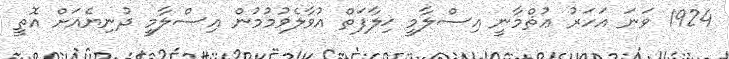
1924 ވަނަ އަހަރު ޢުޘްމާނީ އިސްލާމީ ޚިލާފަތް އުވާލެވުމުމުން އިސްލާމީ ދުނިޔެއަށް އޮތީ